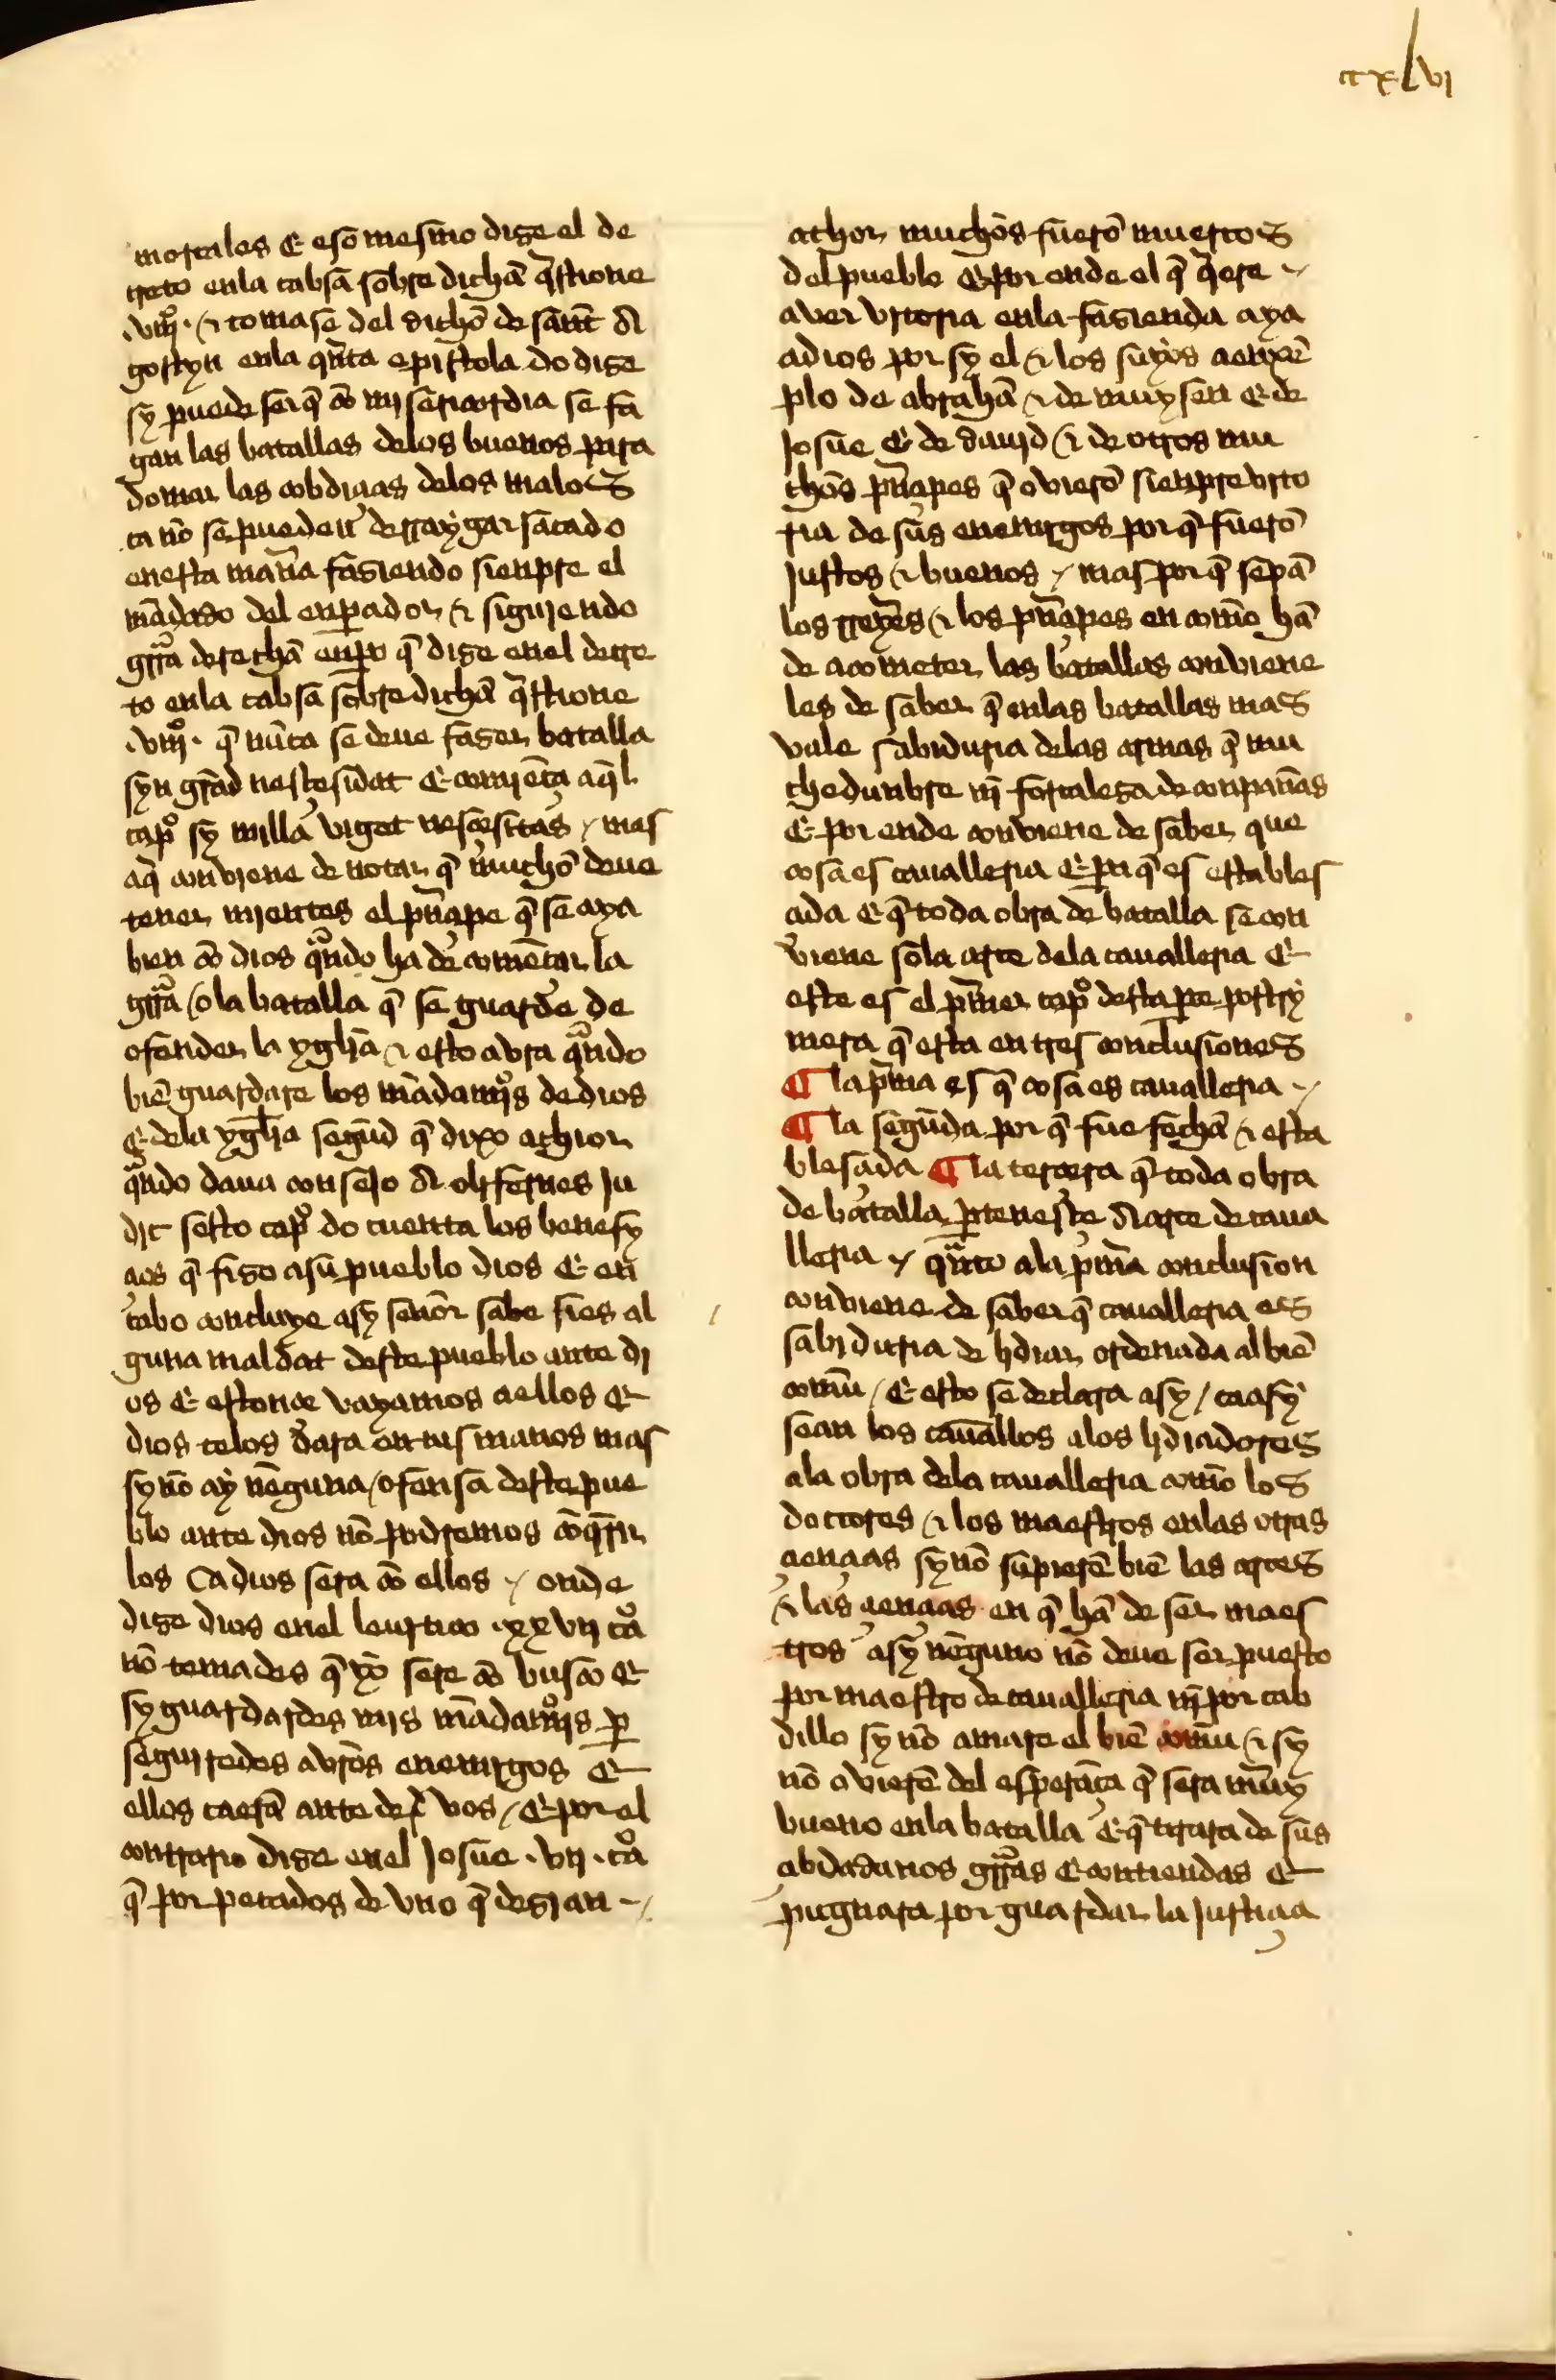
Shelfmark: Sevilla, Biblioteca Universitaria, ms. 332/131
Century: 15